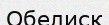
Обелиск